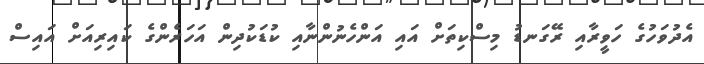
އެދުވަހުގެ ހަވީރާއި ރޭގަނޑު މިސްކިތަށް އައި އަންހެނުންނާއި ކުޑަކުދިން އަހަރެންގެ ކައިރިއަށް އައިސް